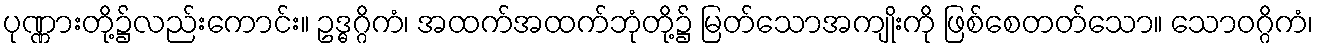
ပုဏ္ဏားတို့၌လည်းကောင်း။ ဥဒ္ဓဂ္ဂိကံ၊ အထက်အထက်ဘုံတို့၌ မြတ်သောအကျိုးကို ဖြစ်စေတတ်သော။ သောဝဂ္ဂိကံ၊